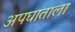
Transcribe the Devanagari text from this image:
अपघाताला